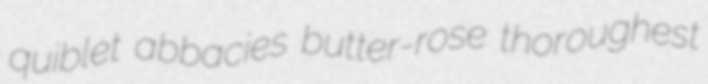
quiblet abbacies butter-rose thoroughest